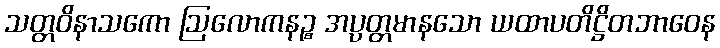
သတ္တဝိနာသကော ဩလောကနဉ္စ အပ္ပတ္တမာနသော ယထာပတိဋ္ဌိတဘာဝေန